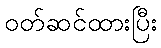
ဝတ်ဆင်ထားပြီး